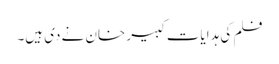
فلم کی ہدایات کبیر خان نے دی ہیں۔